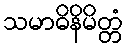
သမာဓိနိမိတ္တံ